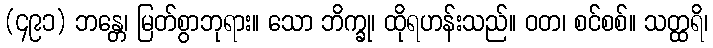
(၄၉၁) ဘန္တေ၊ မြတ်စွာဘုရား။ သော ဘိက္ခု၊ ထိုရဟန်းသည်။ ဝတ၊ စင်စစ်။ သတ္ထရိ၊